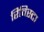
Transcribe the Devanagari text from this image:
रिविस्टा